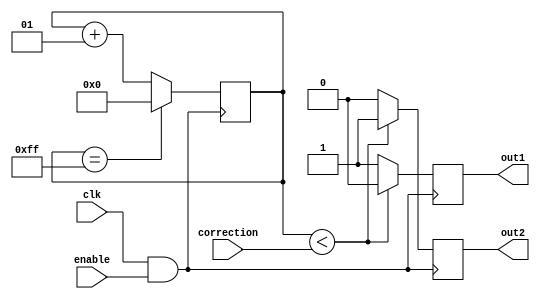
//Outputs a pwm pusle to motor inputs
module pwmRamp(correction, clk, out1, out2, enable);

input [7:0] correction; //This is the output from gainLogic
input clk, enable; //clk is 50MHz FPGA clock, enable is a signal that runs pwm counter at ~5MHz
output reg out1, out2;

integer i = 0;

always @(posedge clk && enable == 1)
begin					
	if (i < correction)
	begin
		out1 = 0;
		out2 = 1;
	end
					
	else 
	begin
		out1 = 1;
		out2 = 0;
	end
					
	if (i == 255)
		i = 0;
	else
		i = i + 1;
end	
	
endmodule